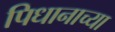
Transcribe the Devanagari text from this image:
पिधानाच्या